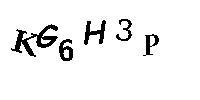
KG6H3P